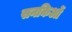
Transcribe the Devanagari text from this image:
सनकिओं